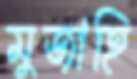
মুজাহি